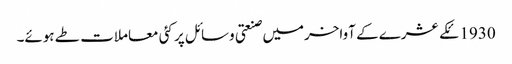
1930ئکے عشرے کے آواخرمیں صنعتی وسائل پر کئی معاملات طے ہوئے۔